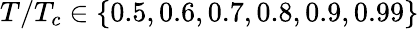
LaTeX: T/T_{c}\in\{ 0.5,0.6,0.7,0.8,0.9,0.99\}